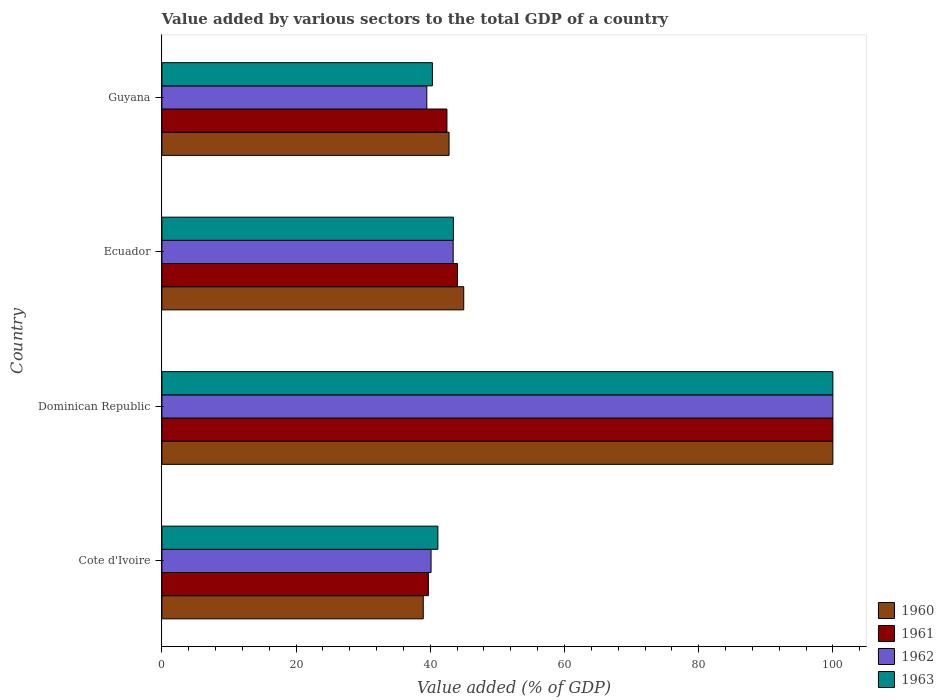
| Country | 1960 | 1961 | 1962 | 1963 |
 | --- | --- | --- | --- | --- |
 | Cote d'Ivoire | 39 | 39.7 | 40.1 | 41.1 |
 | Dominican Republic | 100 | 100 | 100 | 100 |
 | Ecuador | 45 | 44.1 | 43.4 | 43.4 |
 | Guyana | 42.8 | 42.5 | 39.5 | 40.3 |